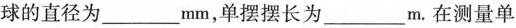
球的直径为___mm，单摆摆长为___m。在测量单